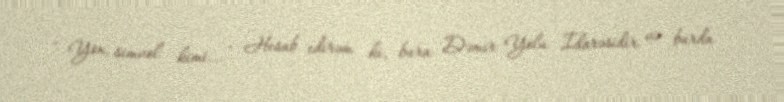
- Yox, simvol kimi... - Hesab edirəm ki, bura Dəmir Yolu İdarəsidir və burda